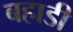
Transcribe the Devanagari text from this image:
बहाडी